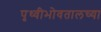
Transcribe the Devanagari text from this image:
पृथ्वीभोवतालच्या